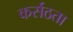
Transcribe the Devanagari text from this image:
कर्सठता